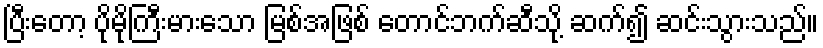
ပြီးတော့ ပိုမိုကြီးမားသော မြစ်အဖြစ် တောင်ဘက်ဆီသို့ ဆက်၍ ဆင်းသွားသည်။